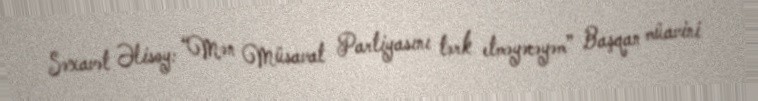
Səxavət Əlisoy: “Mən Müsavat Partiyasını tərk etməyəcəyəm” Başqan müavini